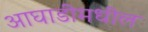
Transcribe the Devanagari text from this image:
आघाडीमधील